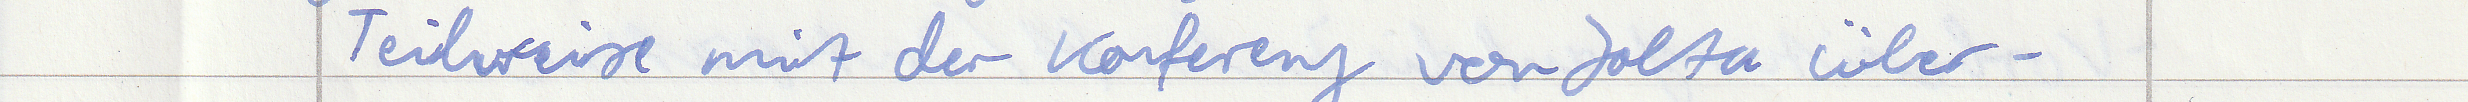
Teilweise mit der Konferenz von Jalta über -